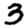
Digit: 3